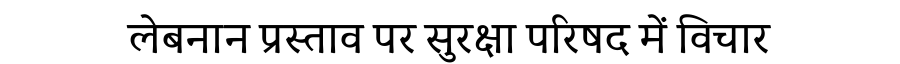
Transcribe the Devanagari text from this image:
लेबनान प्रस्ताव पर सुरक्षा परिषद में विचार